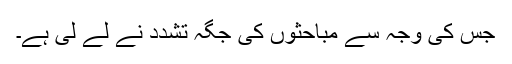
جس کی وجہ سے مباحثوں کی جگہ تشدد نے لے لی ہے۔